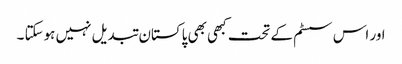
اور اس سسٹم کے تحت کبھی بھی پاکستان تبدیل نہیں ہوسکتا ۔